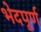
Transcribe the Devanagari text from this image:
भेदपूर्ण